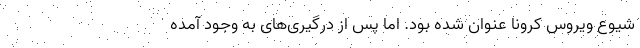
شیوع ویروس کرونا عنوان شده بود. اما پس از درگیری‌های به وجود آمده